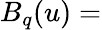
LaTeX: B_{q}(u)=